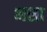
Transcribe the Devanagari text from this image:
भशा